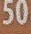
50